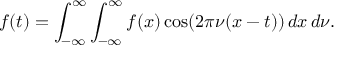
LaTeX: f ( t ) = \int _ { - \infty } ^ { \infty } \int _ { - \infty } ^ { \infty } f ( x ) \cos ( 2 \pi \nu ( x - t ) ) \, d x \, d \nu .